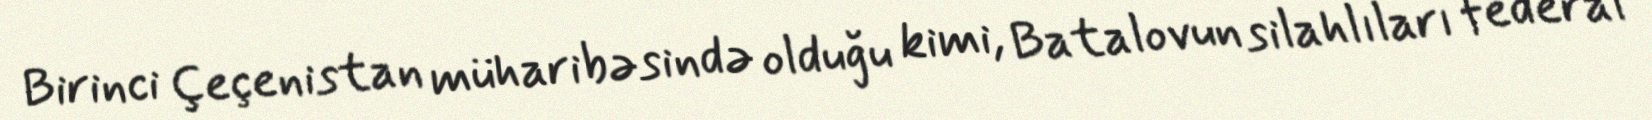
Birinci Çeçenistan müharibəsində olduğu kimi, Batalovun silahlıları federal